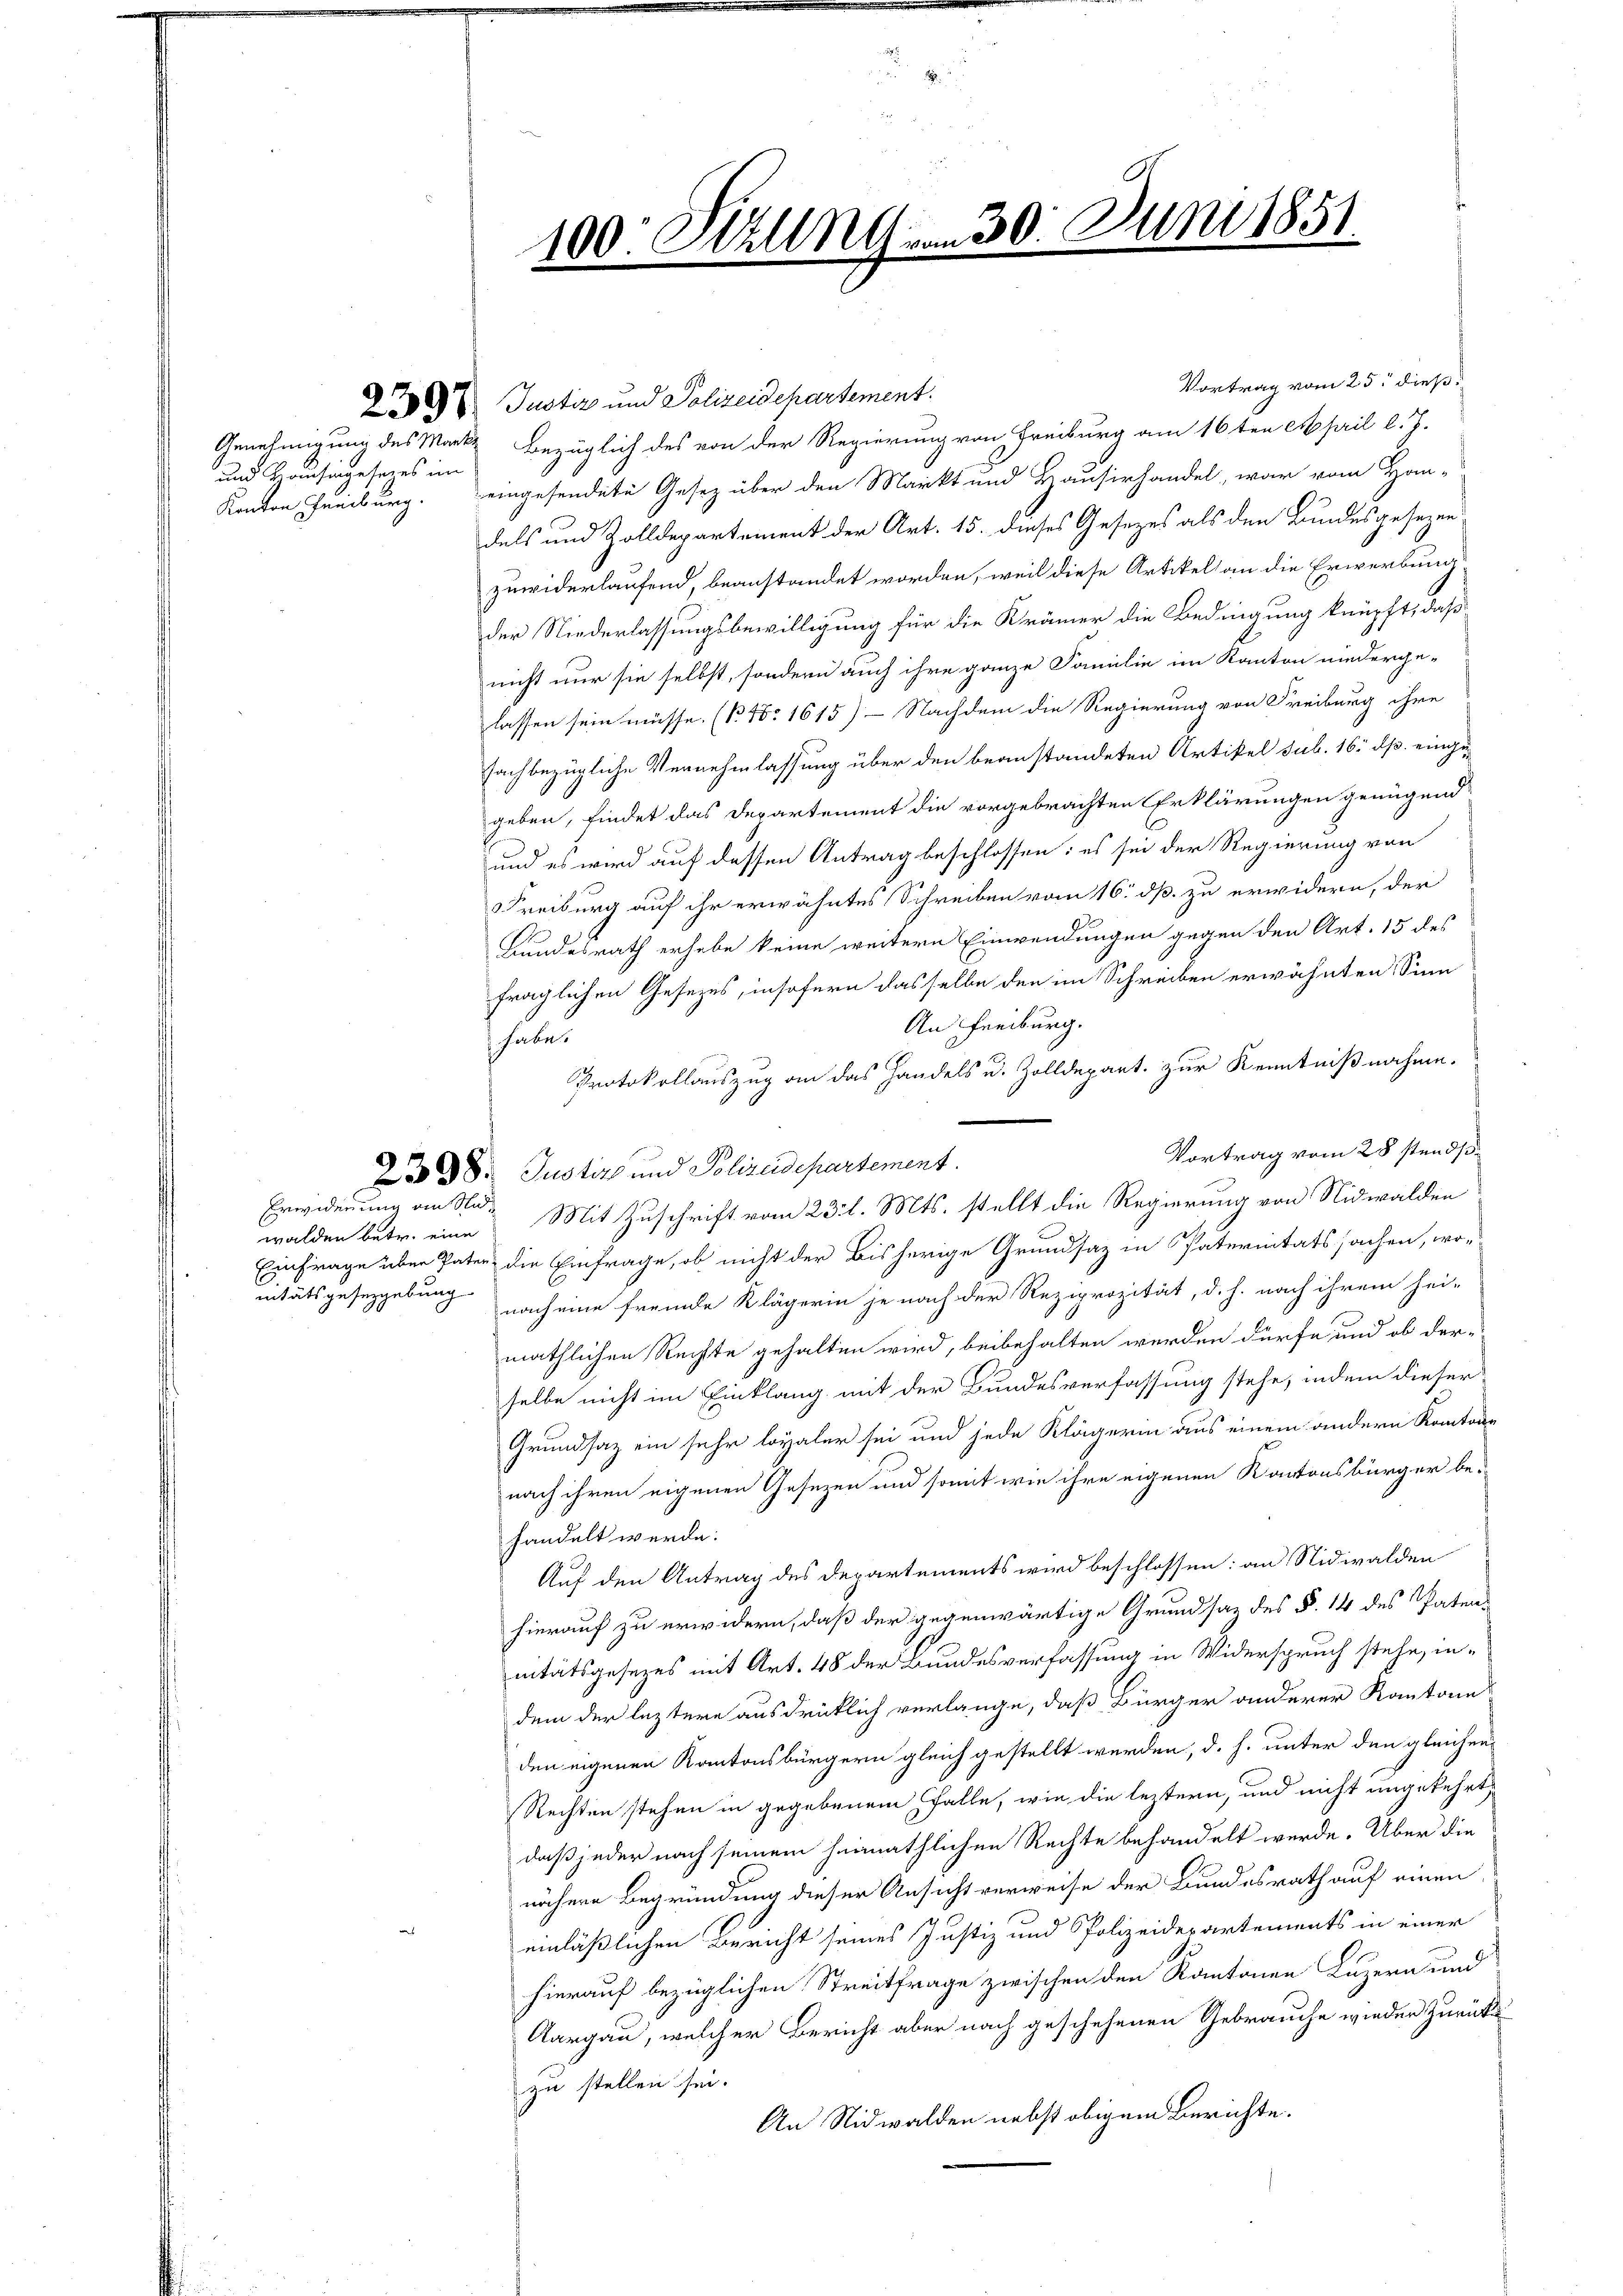
und Hausingesetzes im

Erwiderung an Stadnitätsgesezgebung

Vortrag vom 25. dieß:
2000 Justiz und Polizeidepartement.
Genehmigung des Marks Bezüglich des von der Regierung von Freiburg am 16ten April l. J.
Kanton Freiburg. eingesendete Gesetz über den Markt und Hausirhandel, war vom Hom-
dels und Zolldepartement der Art. 15. dieses Gesetzes als den Bundesgesezen
zuwiderlaufend, beanstandet worden, weil diese Artikel an die Erwerbung
der Niederlassungsbewilligung für die Krämer die Bedingung knüpft, daß
nicht nur sie selbst, sondern auch ihre ganze Familie im Kanton niederge-
lassen sein müsse. (N. N. 1615) — Nachdem die Regierung von Freiburg ihre
sachbezügliche Vernehmlassung über den beanstandeten Artikel sub. 16. ds. einge-
geben, findet das Departement die vorgebrachten Erklärungen genügend
und es wird auf dessen Antrag beschlossen: es sei der Regierung von
Freiburg auf ihr erwähntes Schreiben vom 16. dß. zu erwidern, der
Bundesrath erhabe keine weitern Einwendungen gegen den Art. 15 des
fraglichen Gesetzes, insofern dasselbe den im Schreiben erwähnten Sinn
An Freiburg.
 habe.
Protokollauszug an das Handels u. Zolldepart. zur Kenntnißnahme.
Vortrag vom 28 stands¬
28. Justiz und Polizeidepartement.
walden betr. eine Mit Zuschrift vom 23. l. Mts. stellt die Regierung von Nidwalden
Einfrage über Pater die Einfrage, ob nicht der bisherige Grundsaz in Paternitätssachen, wor
nach eine fremde Klägerin je nach der Reziprozität, d. h. nach ihrem hei-
mäthlichen Rechte gehalten wird, beibehalten werden dürfe und ob der-
selbe nicht im Einklang mit der Bundesverfassung stehe, indem dieser
Grundsaz ein sehr loyaler sei und jede Klägerin aus einem andern Kantone
nach ihren eigenen Gesezen und somit wie ihre eigenen Kantonsbürger be-
handelt werde.
Auf den Antrag des Departements wird beschlossen: an Nidwalden
hierauf zu erwidern, daß der gegenwärtige Grundsaz des §. 14 des Patens
nitätsgesezes mit Art. 48 der Bundesverfassung in Widerspruch stehe, indem der leztere ausdrücklich verlange, daß Bürger anderer Kantone
den eigenen Kantonsbürgern gleich gestellt werden, d. h. unter den gleichen
Rechten stehen in gegebenem Falle, wie die leztern, und nicht ungekehrt,
daß jeder nach seinem heimathlichen Rechte behandelt werde. Über die
nähere Begründung dieser Ansicht verweise der Bundesrath auf einen
einläßlichen Bericht seines Justiz und Polizeidepartements in einer
hierauf bezüglichen Streitfrage zwischen den Kantonen Luzern und
Aargau, welcher Bericht aber nach geschehenen Gebrauche wieder zurücke
zu stellen sei.
An Nidwalden nebst obigem Berichte.

100: Stellt

30. Juni 1851